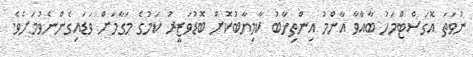
ނުވަތަ އޮގަސްޓްމަހު ބާއްވާ އާންމު އިންތިޚާބު ކާމިޔާބުކޮށް ބޮޑުވަޒީރު ކަމުގެ މަގާމަށް ވަޑައިގެންނެވުމަށެވެ.